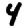
Digit: 4